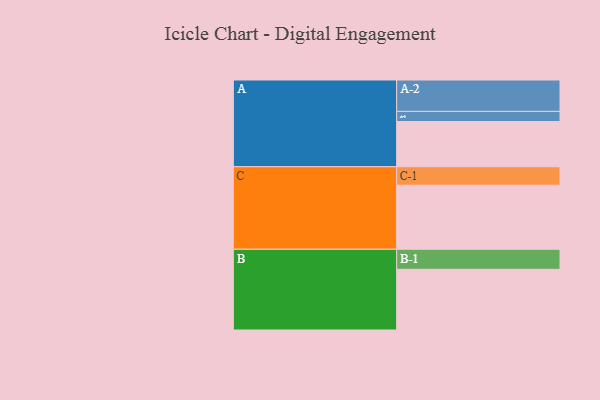
{"axis": {"x": "Segment", "y": "Value"}, "legend": ["", "A", "B", "C"], "data": [{"x": "A", "y": 354, "type": ""}, {"x": "B", "y": 476, "type": ""}, {"x": "C", "y": 502, "type": ""}, {"x": "A-1", "y": 80, "type": "A"}, {"x": "A-2", "y": 246, "type": "A"}, {"x": "B-1", "y": 157, "type": "B"}, {"x": "C-1", "y": 145, "type": "C"}]}